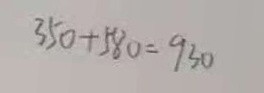
3 5 0 + 5 8 0 = 9 3 0